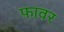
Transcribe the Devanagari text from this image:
फावर